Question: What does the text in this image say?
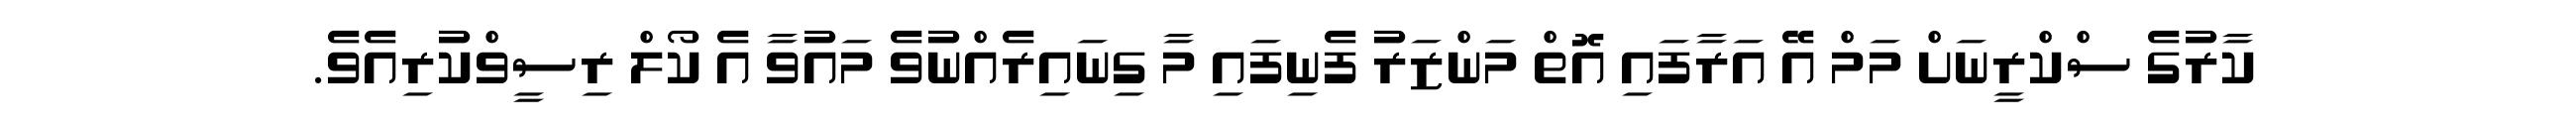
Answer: ކާރުގެ ސްކްރީނަށް މަމް އޭ އަރާފައި އޮތް މަންޒަރު ފެނިފައި މާ ގިނައިރެއްނުވެ މައުވާ އެ ކޯލް ރިސީވްކުރިއެވެ.